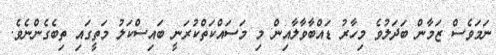
ނަމަވެސް ޒަމާން ބަދަލުވެ މިހާރު ޑައްބާވާލާއިން މި މަސައްކަތްކުރަނީ ބައިސްކަލު މަތީގައި ތިބެގެންނެވެ.